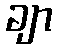
ချာ